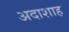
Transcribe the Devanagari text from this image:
अदाशाह